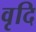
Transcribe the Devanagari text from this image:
वृदि